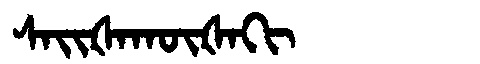
Manchu: ᠰᠠᡳᡧᠠᡴᡡᡧᠠᡴᡳ
Romanization: SAIŠAKŪŠAKI